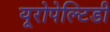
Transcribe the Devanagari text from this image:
यूरोपेल्टिडी